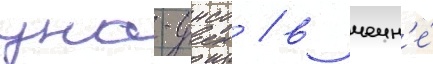
уна-унсо / в чечн'е́